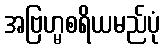
အဗြဟ္မစရိယမည်ပုံ